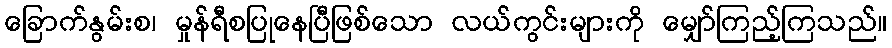
ခြောက်နွမ်းစ၊ မှုန်ရီစပြုနေပြီဖြစ်သော လယ်ကွင်းများကို မျှော်ကြည့်ကြသည်။